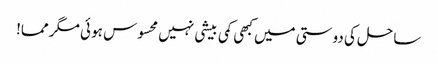
ساحل کی دوستی میں کبھی کمی بیشی نہیں محسوس ہو ئی مگر مما!